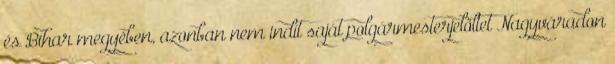
és Bihar megyében, azonban nem indít saját polgármesterjelöltet Nagyváradon